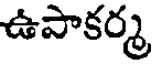
ఉపాకర్మ